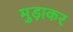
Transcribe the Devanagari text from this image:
मुड़ाकर